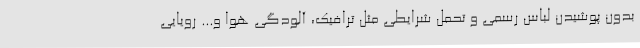
بدون پوشیدن لباس رسمی و تحمل شرایطی مثل ترافیک، آلودگی هوا و... رویایی